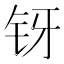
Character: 䥺